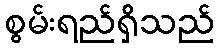
စွမ်းရည်ရှိသည်